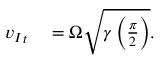
\begin{array} { r l } { { v _ { I } } _ { t } } & { { } = \Omega \sqrt { \gamma \left( \frac { \pi } { 2 } \right) } . } \end{array}